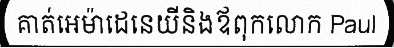
គាត់អេម៉ាដេនេយីនិងឪពុកលោក Paul